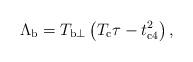
LaTeX: \begin{align*}\Lambda_{\rm b}=T_{{\rm b}\perp}\left(T_{\rm c}\tau-t_{\rm{c4}}^2\right) ,\end{align*}